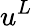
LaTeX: u^{L}